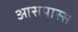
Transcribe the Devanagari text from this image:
आसपास्स